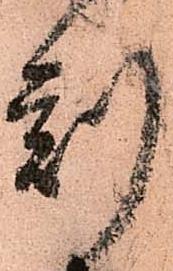
刻